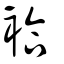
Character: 袷